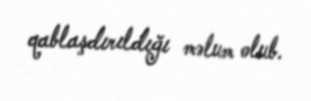
qablaşdırıldığı məlum olub.